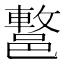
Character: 𨝩